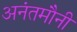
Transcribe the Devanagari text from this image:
अनंतमौनी